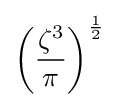
\left({\frac {\zeta ^{3}}{\pi }}\right)^{1 \over 2}